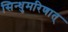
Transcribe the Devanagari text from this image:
सिन्धुमरिणात्